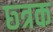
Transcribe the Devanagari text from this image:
छ्त्रक